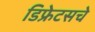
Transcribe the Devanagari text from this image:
डिफ्रेटसचे